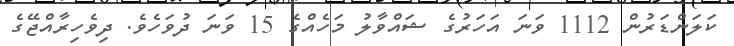
ކަލަންޑަރުން 1112 ވަނަ އަހަރުގެ ޝައްވާލު މަހެއްގެ 15 ވަނަ ދުވަހެވެ. ދިވެހިރާއްޖޭގެ